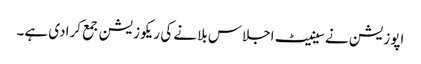
اپوزیشن نے سینیٹ اجلاس بلانے کی ریکوزیشن جمع کرادی ہے۔